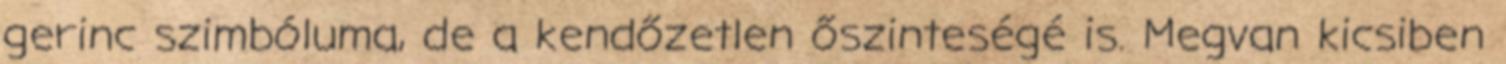
gerinc szimbóluma, de a kendőzetlen őszinteségé is. Megvan kicsiben